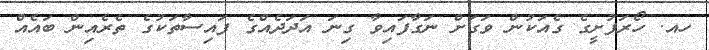
ހއ. ހޯރަފުށީގެ ގެއަކުން ވަގަށް ނަގާފައިވާ ގިނަ އަދަދެއްގެ ފައިސާތަކުގެ ތެރެއިން ބައެއް